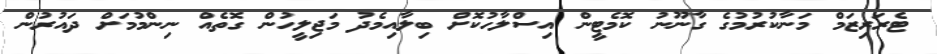
ޓެރަރިޒަމް މަނާކުރުމުގެ ގާނޫނު ކޮމެޓީން އިސްލާހުކޮށް ބިލާއިމެދު މަޖިލީހުން ގޮތެއް ނިންމުމަށް ދައުރުން